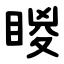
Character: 䁓